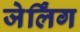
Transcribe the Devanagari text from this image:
जेर्लिंग